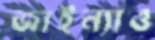
জাইন্যাও